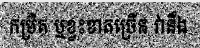
កម្រិត ឬខ្វះខាតច្រើន វានឹង